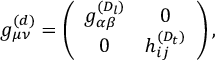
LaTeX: g _ { \mu \nu } ^ { ( d ) } = \left( \begin{array} { c c } { { g _ { \alpha \beta } ^ { ( D _ { l } ) } } } & { { 0 } } \\ { { 0 } } & { { h _ { i j } ^ { ( D _ { t } ) } } } \end{array} \right) ,